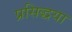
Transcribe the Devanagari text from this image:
प्रसिद्धया